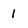
Character: 1